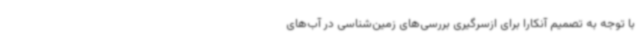
با توجه به تصمیم آنکارا برای ازسرگیری بررسی‌های زمین‌شناسی در آب‌های